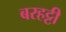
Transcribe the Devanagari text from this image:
बरहट्टी